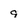
Character: 9